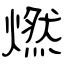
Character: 燃